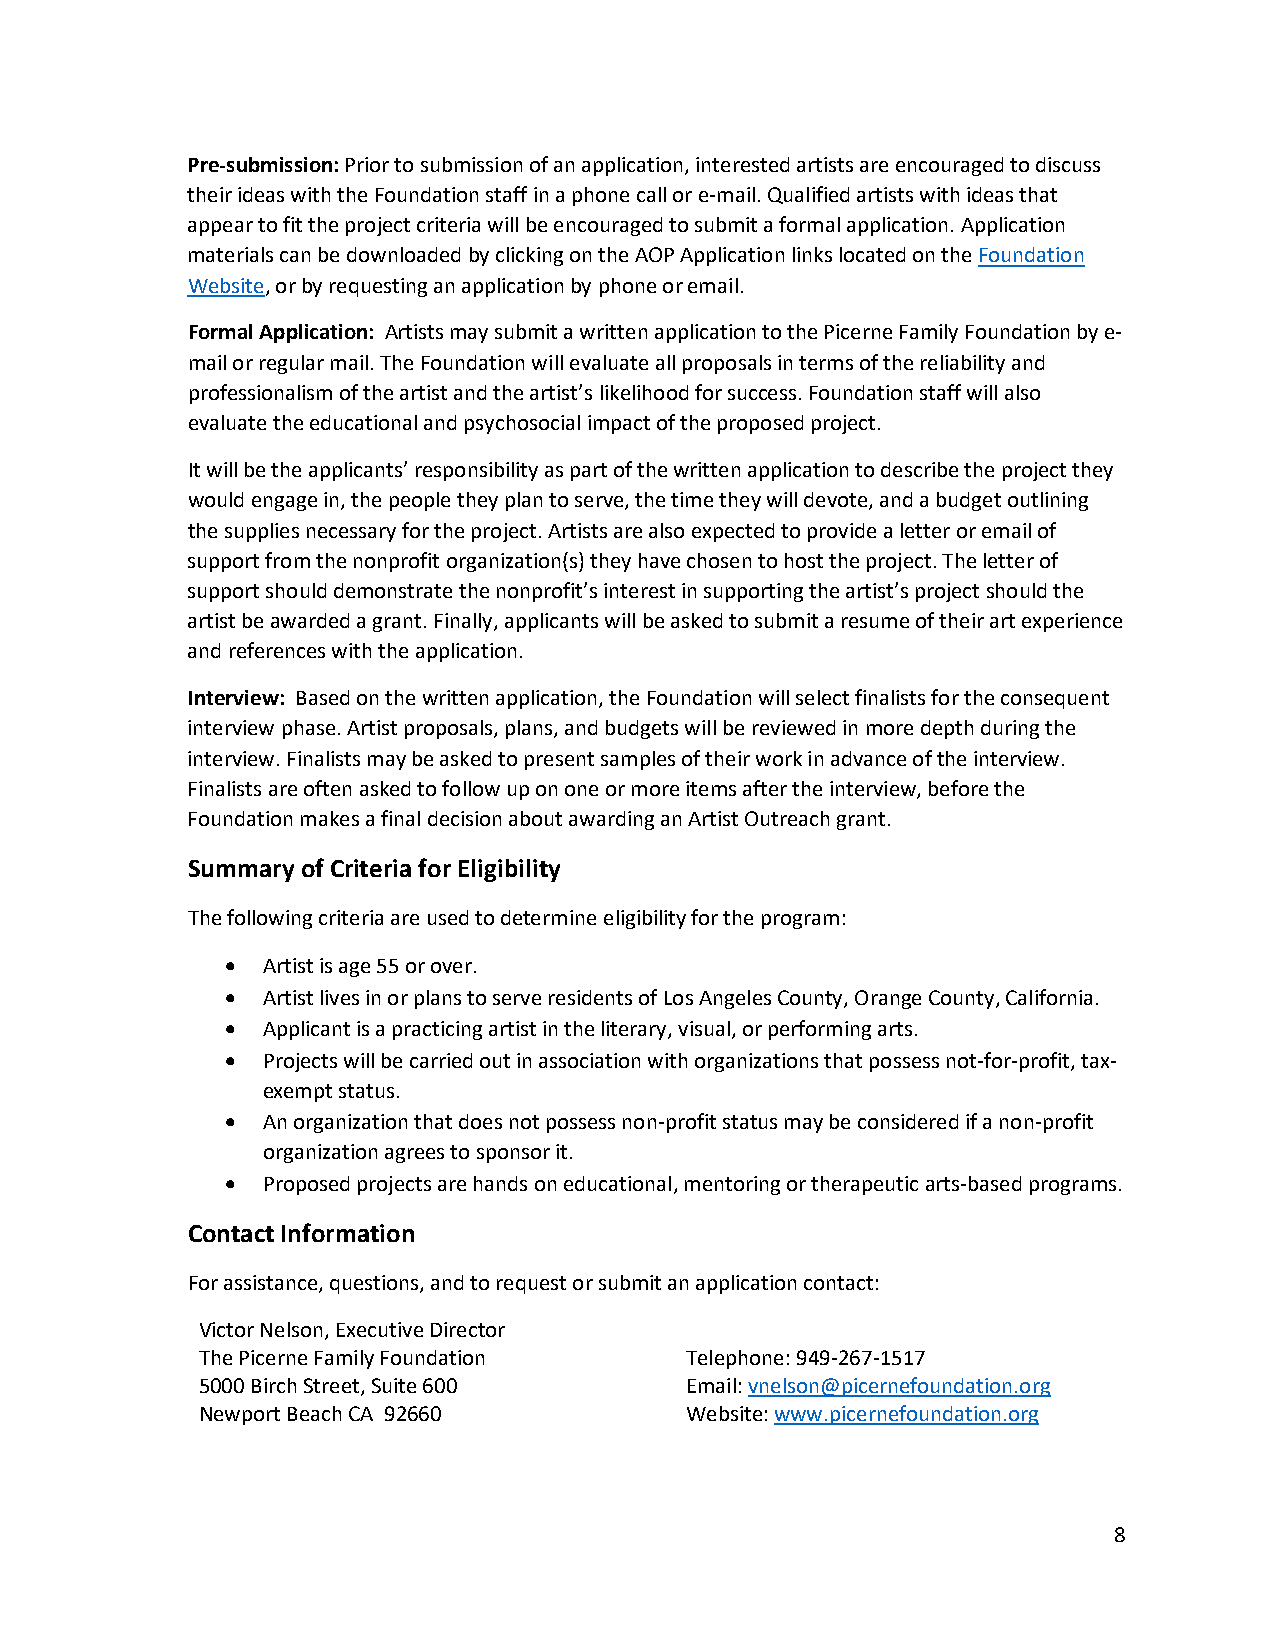
Pre-submission: Prior to submission of an application, interested artists are encouraged to discuss
 their ideas with the Foundation staff in a phone call or e-mail. Qualified artists with ideas that
 appear to fit the project criteria will be encouraged to submit a formal application. Application
 materials can be downloaded by clicking on the AOP Application links located on the Foundation
 Website, or by requesting an application by phone or email.
 Formal Application: Artists may submit a written application to the Picerne Family Foundation by e-
 mail or regular mail. The Foundation will evaluate all proposals in terms of the reliability and
 professionalism of the artist and the artist’s likelihood for success. Foundation staff will also
 evaluate the educational and psychosocial impact of the proposed project.
 It will be the applicants’ responsibility as part of the written application to describe the project they
 would engage in, the people they plan to serve, the time they will devote, and a budget outlining
 the supplies necessary for the project. Artists are also expected to provide a letter or email of
 support from the nonprofit organization(s) they have chosen to host the project. The letter of
 support should demonstrate the nonprofit’s interest in supporting the artist’s project should the
 artist be awarded a grant. Finally, applicants will be asked to submit a resume of their art experience
 and references with the application.
 Interview: Based on the written application, the Foundation will select finalists for the consequent
 interview phase. Artist proposals, plans, and budgets will be reviewed in more depth during the
 interview. Finalists may be asked to present samples of their work in advance of the interview.
 Finalists are often asked to follow up on one or more items after the interview, before the
 Foundation makes a final decision about awarding an Artist Outreach grant.
 Summary of Criteria for Eligibility
 The following criteria are used to determine eligibility for the program:
 • Artist is age 55 or over.
 • Artist lives in or plans to serve residents of Los Angeles County, Orange County, California.
 • Applicant is a practicing artist in the literary, visual, or performing arts.
 • Projects will be carried out in association with organizations that possess not-for-profit, tax-
 exempt status.
 • An organization that does not possess non-profit status may be considered if a non-profit
 organization agrees to sponsor it.
 • Proposed projects are hands on educational, mentoring or therapeutic arts-based programs.
 Contact Information
 For assistance, questions, and to request or submit an application contact:
 Victor Nelson, Executive Director
 The Picerne Family Foundation   Telephone: 949-267-1517
 5000 Birch Street, Suite 600    Email: vnelson@picernefoundation.org
 Newport Beach CA 92660          Website: www.picernefoundation.org
 8